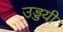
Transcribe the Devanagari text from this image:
उड्डयी